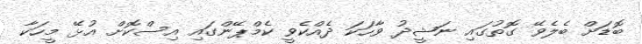
ބޮޑަށް ބެލެވޭ ގޮތުގައި ނަޝީދު ވާހަކަ ދެއްކެވީ ކެމްޕޭންގައި އިސްކޮށް އުޅޭ މީހަކާ